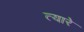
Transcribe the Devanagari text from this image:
त्यारे